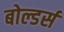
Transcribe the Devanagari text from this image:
बोल्डर्स